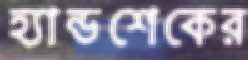
হ্যান্ডশেকের